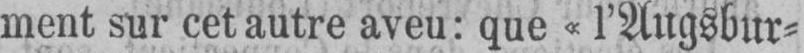
ment sur cet autre aveu: que «l’Augsburg⸗